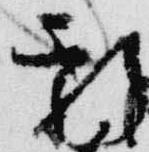
新